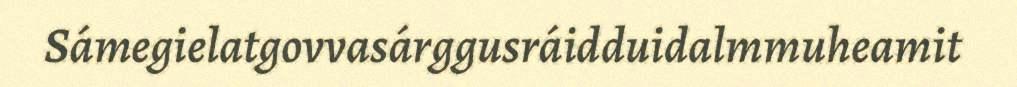
Sámegielatgovvasárggusráidduidalmmuheamit